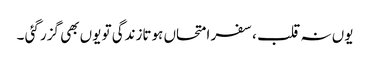
یوں نہ قلب ،سفر امتحاں ہوتازندگی تو یوں بھی گزر گئی ۔